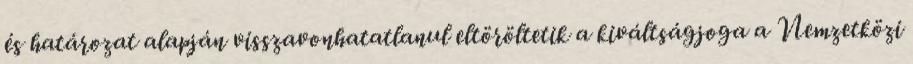
és határozat alapján visszavonhatatlanul eltöröltetik a kiváltságjoga a Nemzetközi